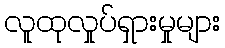
လူထုလှုပ်ရှားမှုများ